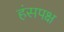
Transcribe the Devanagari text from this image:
हंसपक्ष